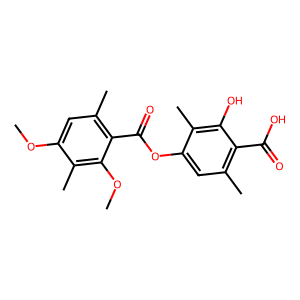
SMILES: COc1cc(C)c(C(=O)Oc2cc(C)c(C(=O)O)c(O)c2C)c(OC)c1C
Inhibits HIV replication: No